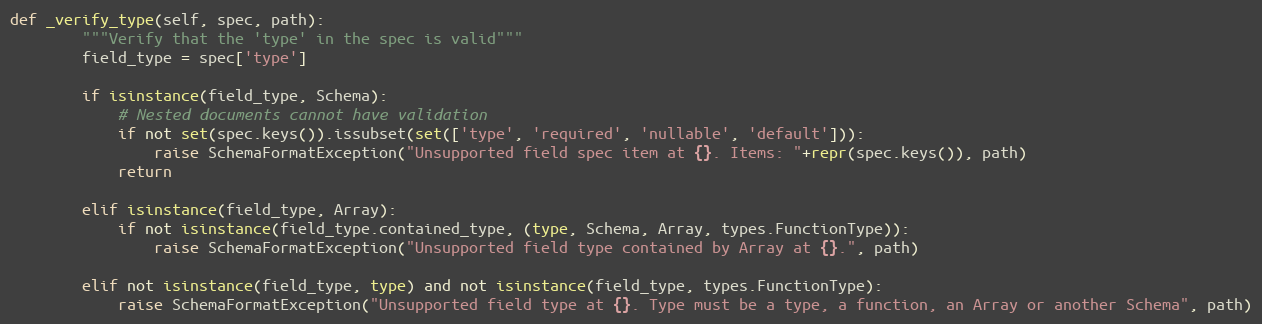
Language: Python
def _verify_type(self, spec, path):
        """Verify that the 'type' in the spec is valid"""
        field_type = spec['type']

        if isinstance(field_type, Schema):
            # Nested documents cannot have validation
            if not set(spec.keys()).issubset(set(['type', 'required', 'nullable', 'default'])):
                raise SchemaFormatException("Unsupported field spec item at {}. Items: "+repr(spec.keys()), path)
            return

        elif isinstance(field_type, Array):
            if not isinstance(field_type.contained_type, (type, Schema, Array, types.FunctionType)):
                raise SchemaFormatException("Unsupported field type contained by Array at {}.", path)

        elif not isinstance(field_type, type) and not isinstance(field_type, types.FunctionType):
            raise SchemaFormatException("Unsupported field type at {}. Type must be a type, a function, an Array or another Schema", path)